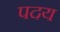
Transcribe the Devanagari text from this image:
पदय